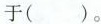
于( )。